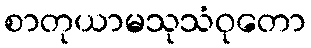
စာတုယာမသုသံဝုတော